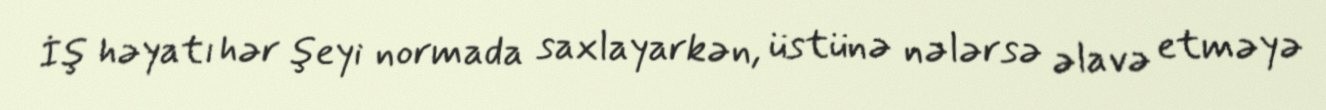
İş həyatı hər şeyi normada saxlayarkən, üstünə nələrsə əlavə etməyə